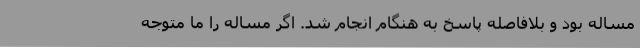
مساله بود و بلافاصله پاسخ به هنگام انجام شد. اگر مساله را ما متوجه